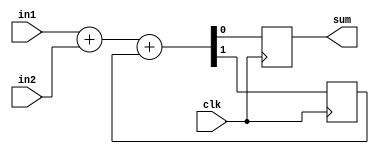
module serial_adder(
    input clk,
    input in1,
    input in2,
    // TODO can we do without the reg?
    output reg sum
);

    reg carry; 
    initial carry = 0;

    always @ (posedge clk) 
        {carry, sum} = in1 + in2 + carry;

endmodule